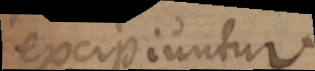
excipiuntu